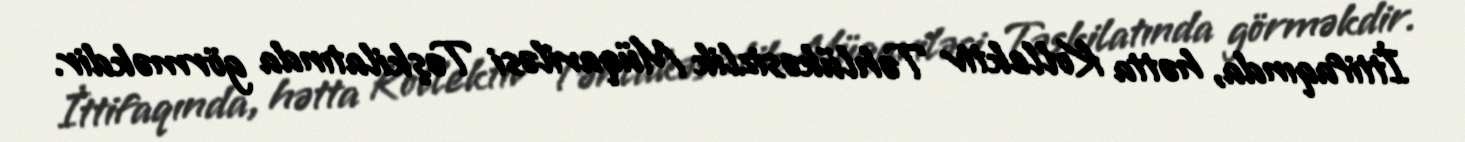
İttifaqında, hətta Kollektiv Təhlükəsizlik Müqaviləsi Təşkilatında görməkdir.